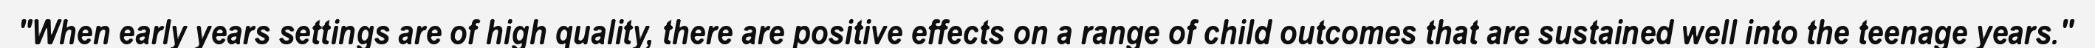
"When early years settings are of high quality, there are positive effects on a range of child outcomes that are sustained well into the teenage years."